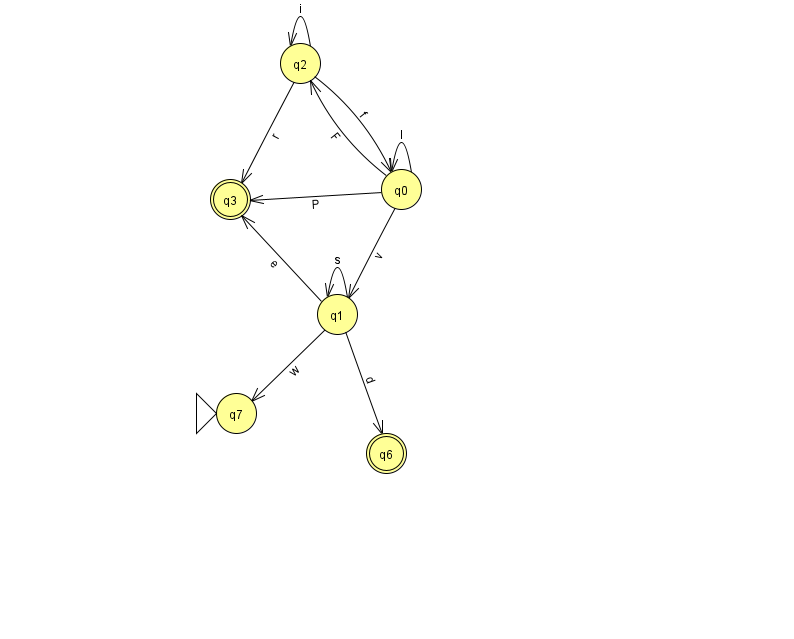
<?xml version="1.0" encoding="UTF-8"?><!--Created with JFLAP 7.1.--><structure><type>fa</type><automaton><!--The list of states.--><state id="0" name="q0"><x>401.0</x><y>176.0</y></state><state id="1" name="q1"><x>337.0</x><y>301.0</y></state><state id="2" name="q2"><x>300.0</x><y>50.0</y></state><state id="3" name="q3"><x>230.0</x><y>186.0</y><final/></state><state id="6" name="q6"><x>386.0</x><y>440.0</y><final/></state><state id="7" name="q7"><x>236.0</x><y>400.0</y><initial/></state><!--The list of transitions.--><transition><from>1</from><to>1</to><read>s</read></transition><transition><from>1</from><to>3</to><read>e</read></transition><transition><from>1</from><to>6</to><read>d</read></transition><transition><from>2</from><to>3</to><read>r</read></transition><transition><from>1</from><to>7</to><read>w</read></transition><transition><from>2</from><to>2</to><read>i</read></transition><transition><from>0</from><to>1</to><read>v</read></transition><transition><from>0</from><to>2</to><read>F</read></transition><transition><from>0</from><to>3</to><read>P</read></transition><transition><from>2</from><to>0</to><read>f</read></transition><transition><from>0</from><to>0</to><read>l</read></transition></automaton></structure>